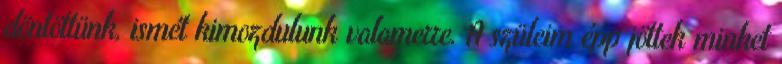
döntöttünk, ismét kimozdulunk valamerre. A szüleim épp jöttek minket